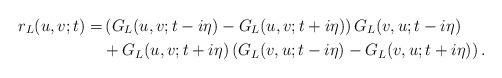
LaTeX: \begin{align*} r_L(u,v;t)=&\left(G_L(u,v;t-i\eta)-G_L(u,v;t+i\eta)\right)G_L(v,u;t-i\eta)\\ &+G_L(u,v;t+i\eta)\left(G_L(v,u;t-i\eta)-G_L(v,u;t+i\eta)\right). \end{align*}